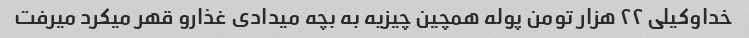
خداوکیلی ٢٢ هزار تومن پوله همچین چیزیه به بچه میدادی غذارو قهر میکرد میرفت